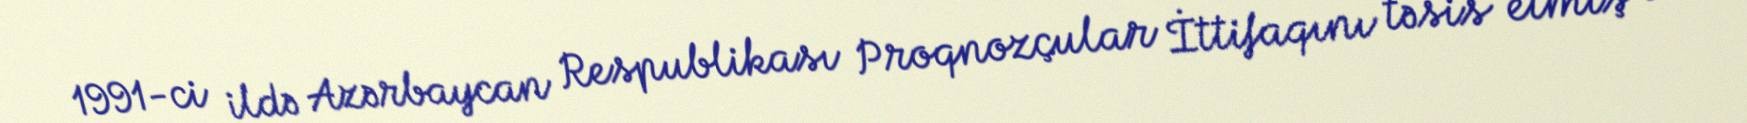
1991-ci ildə Azərbaycan Respublikası Proqnozçular İttifaqını təsis etmiş və